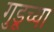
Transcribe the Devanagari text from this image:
गुडूच्या